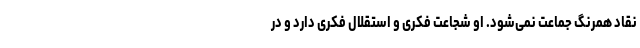
نقاد همرنگ جماعت نمی‌شود. او شجاعت فکری و استقلال فکری دارد و در